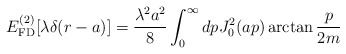
\begin{align*}E_{\rm FD}^{(2)}[\lambda\delta(r-a)] = \frac{\lambda^2a^2}{8}\int_0^\infty dp J_0^2(a p) \arctan\frac{p}{2m}\end{align*}